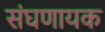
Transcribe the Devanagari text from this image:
संघणायक